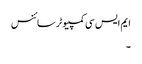
ایم ایس سی کمپیوٹر سائنس
۔